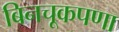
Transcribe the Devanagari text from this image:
बिनचूकपणा